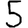
Digit: 5